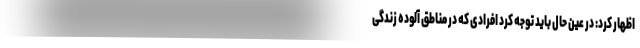
اظهار کرد: در عین حال باید توجه کرد افرادی که در مناطق آلوده زندگی